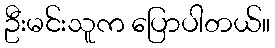
ဦးမင်းသူက ပြောပါတယ်။